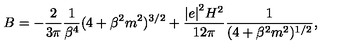
B = - \frac { 2 } { 3 \pi } \frac { 1 } { \beta ^ { 4 } } ( 4 + \beta ^ { 2 } m ^ { 2 } ) ^ { 3 / 2 } + \frac { { \vert e \vert } ^ { 2 } H ^ { 2 } } { 1 2 \pi } \frac { 1 } { ( 4 + \beta ^ { 2 } m ^ { 2 } ) ^ { 1 / 2 } } ,